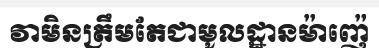
វាមិនត្រឹមតែជាមូលដ្ឋានម៉ាញ៉េ